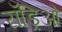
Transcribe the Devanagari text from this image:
रॉड्रिओ